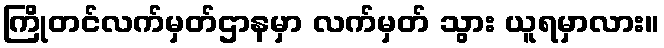
ကြိုတင်လက်မှတ်ဌာနမှာ လက်မှတ် သွား ယူရမှာလား။